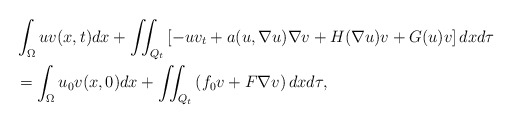
\begin{align*}& \int_{\Omega}uv(x,t)dx+{\displaystyle\iint_{Q_{t}}}\left[ -uv_{t}+a(u,\nabla u)\nabla v+H(\nabla u)v+G(u)v\right]dxd\tau\\& =\int_{\Omega}u_{0}v(x,0)dx+{\displaystyle\iint_{Q_{t}}}\left( f_{0}v+F\nabla v\right) dxd\tau,\end{align*}